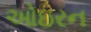
ઓઇરન